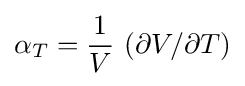
\alpha _{T}={\frac {1}{V}}\,\left(\partial V/\partial T\right)